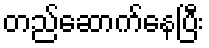
တည်ဆောက်နေပြီး